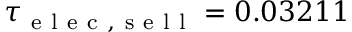
\tau _ { \mathrm { ~ e ~ l ~ e ~ c ~ , ~ s ~ e ~ l ~ l ~ } } = 0 . 0 3 2 1 1